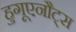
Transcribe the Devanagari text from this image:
हुगूएनौट्स